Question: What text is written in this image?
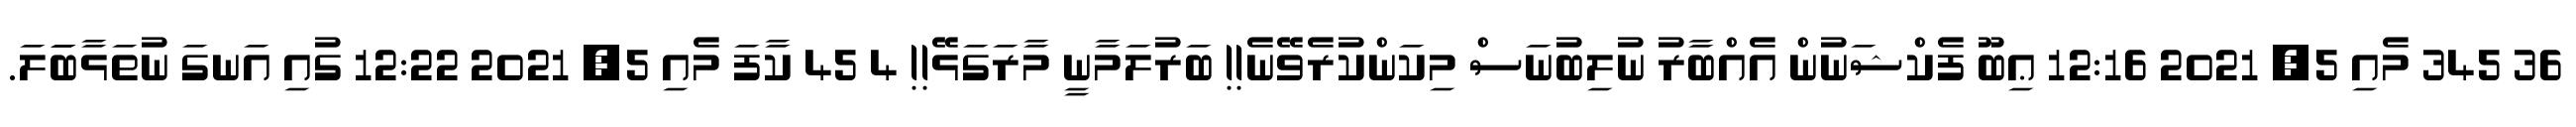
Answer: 36 345 މެއި 5, 2021 12:16 ޢިބޫ ފެކްޝަނުން އެއްބާރު ނުލިބުނަސް މިކަންކުރެވޭނެ!! ބަރުލަމާނީ މާރަގަޅޭ!! 4 45 ކާފަ މެއި 5, 2021 12:22 ގުއި އަނގަ ނުތަޅާބަަލަ.